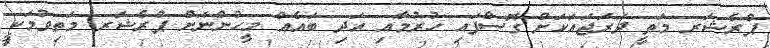
ޕްރެޝަރ މަތީ ދަރަޖައަކަށް ގޮސްފައި ހުރުމާއި އަދި ބައެއް މީހުންނަށް ޕްރެޝަރ މަތިވުމަކީ